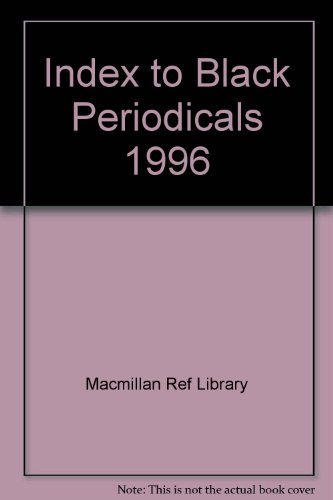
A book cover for Index to Black Periodicals 1996; GK Hall; Humor & Entertainment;